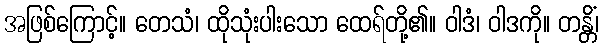
အဖြစ်ကြောင့်။ တေသံ၊ ထိုသုံးပါးသော ထေရ်တို့၏။ ဝါဒံ၊ ဝါဒကို။ တန္တိံ၊